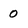
Character: 0